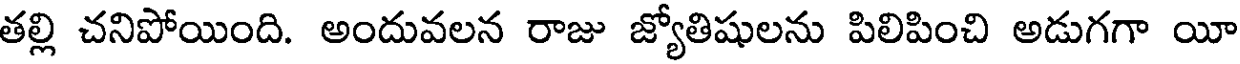
తల్లి చనిపోయింది. అందువలన రాజు జ్యోతిషులను పిలిపించి అడుగగా యీ